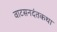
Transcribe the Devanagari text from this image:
वाटसनदंतकथा